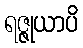
ရဇ္ဇုယာပိ